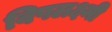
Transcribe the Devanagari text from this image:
विषलक्ष्मी